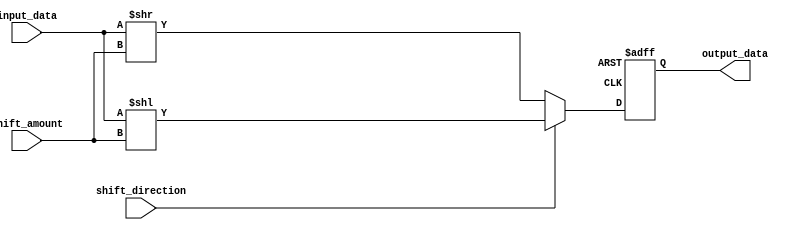
module barrel_shifter (
    input wire [7:0] input_data,
    input wire [2:0] shift_amount,
    input wire shift_direction, // 0 for right shift, 1 for left shift
    output reg [7:0] output_data
);

reg [7:0] shifted_data;

always @(*)
begin
    if(shift_direction == 1) // left shift
        shifted_data = input_data << shift_amount;
    else // right shift
        shifted_data = input_data >> shift_amount;
end

always @(posedge clk or posedge reset)
begin
    if(reset)
        output_data <= 8'b0;
    else
        output_data <= shifted_data;
end

endmodule